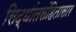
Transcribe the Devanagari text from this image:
सिद्धांतसंहितासार